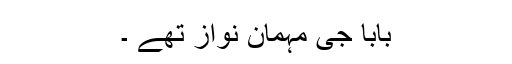
بابا جی مہمان نواز تھے ۔